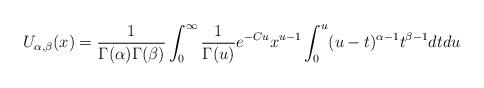
LaTeX: \begin{align*}U_{\alpha,\beta}(x)=\frac{1}{\Gamma(\alpha)\Gamma(\beta)}\int_{0}^{\infty}\frac{1}{\Gamma(u)}e^{-Cu}x^{u-1}\int_{0}^{u}(u-t)^{\alpha-1}t^{\beta-1}dtdu\end{align*}